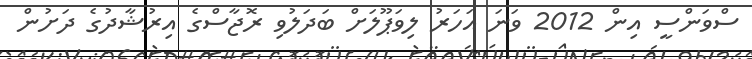
ސްވަންސީ އިން 2012 ވަނަ އަހަރު ލިވަޕޫލަށް ބަދަލުވި ރޮޖާސްގެ އިރުޝާދުގެ ދަށުން